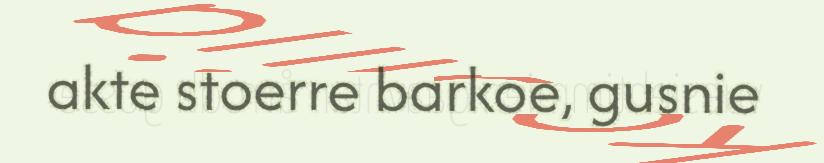
akte stoerre barkoe, gusnie